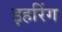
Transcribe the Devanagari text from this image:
इहरिंग